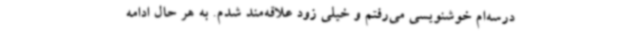
درسه‌ام خوشنویسی می‌رفتم و خیلی زود علاقه‌مند شدم. به هر حال ادامه